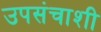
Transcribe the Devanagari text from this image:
उपसंचाशी